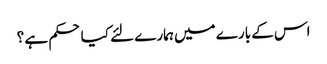
اس کے بارے میں ہمارے لئے کیا حکم ہے ؟